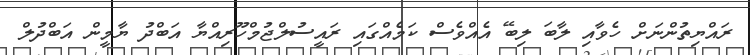
ރައްޔިތުންނަށް ހެވާއި ލާބަ ލިބޭ އެއްވެސް ކަމެއްގައި ރައީސުލްޖުމްހޫރިއްޔާ އަބްދު ޔާމީން އަބްދުލް